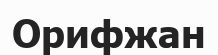
Орифжан